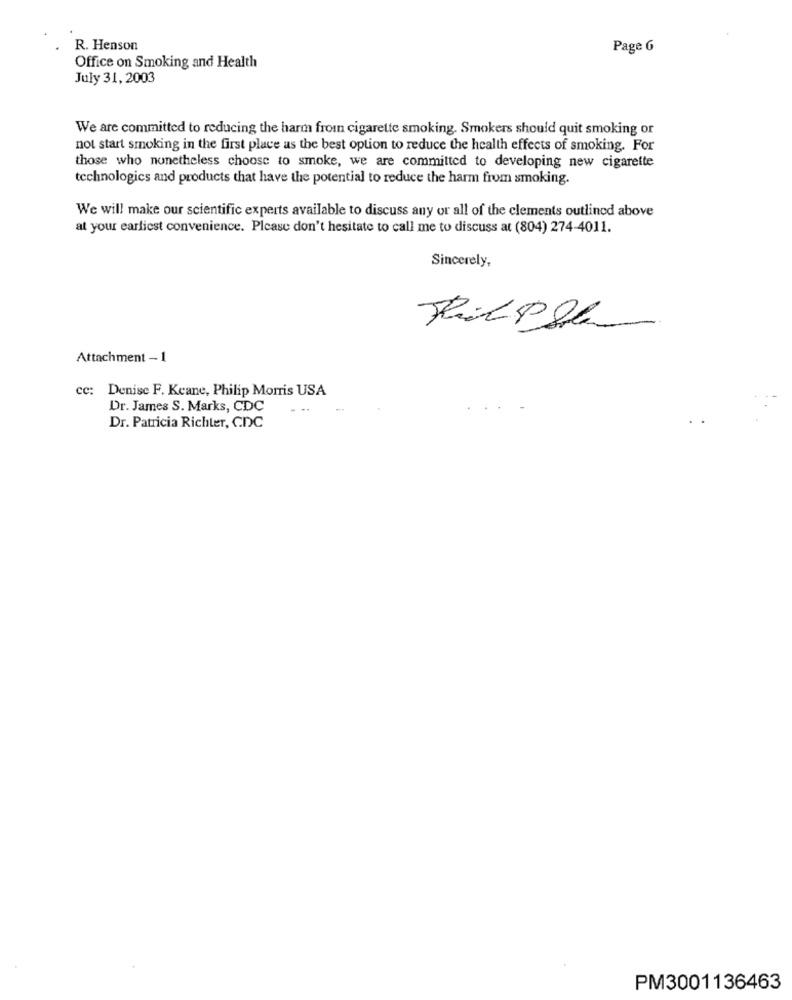
R. Henson
Page G
Office on Smoking and Health
July 31, 2003
We are committed to reducing the harm from cigarette smoking. Smokers should quit smoking or
not start smoking in the first place as the best option to reduce the health effects of smoking. For
those who nonetheless choose to smoke, we are committed to developing new cigarette
technologies and products that have the potential to reduce the harm from smoking.
We will make our scientific experts available to discuss any or all of the clements outlined above
at your earliest convenience. Please don't hesitate to call me to discuss at (804) 274-4011.
Sincerely,
Attachment - 1
cc:
Denise F. Keane, Philip Morris USA
Dr. James S. Marks, CDC
Dr. Patricia Richter, CDC
PM3001136463